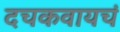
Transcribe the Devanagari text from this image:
दचकवायचं